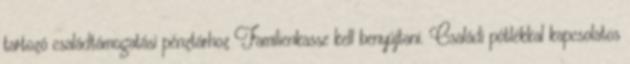
tartozó családtámogatási pénztárhoz Familienkasse kell benyújtani. Családi pótlékkal kapcsolatos